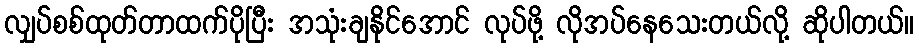
လျှပ်စစ်ထုတ်တာထက်ပိုပြီး အသုံးချနိုင်အောင် လုပ်ဖို့ လိုအပ်နေသေးတယ်လို့ ဆိုပါတယ်။